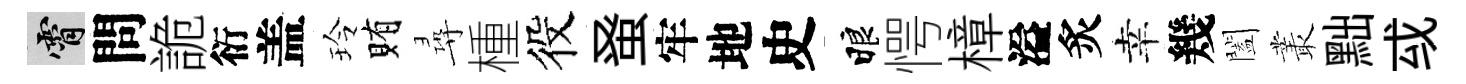
霄問詭衍盖玲賄尋㮔役𫊫牢地史睱愕樟溢炙幸幾闔叢黜㦯